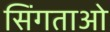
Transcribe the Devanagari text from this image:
सिंगताओ